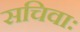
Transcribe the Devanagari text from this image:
सचिवाः